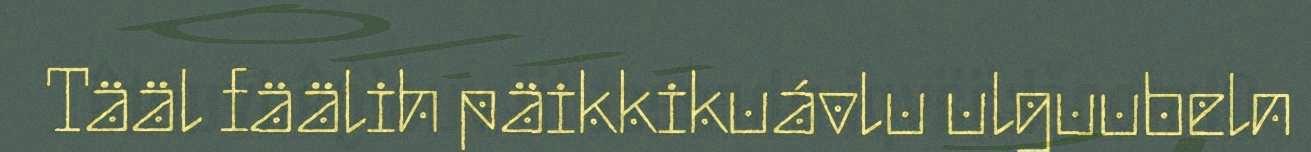
Tääl fäälih päikkikuávlu ulguubeln